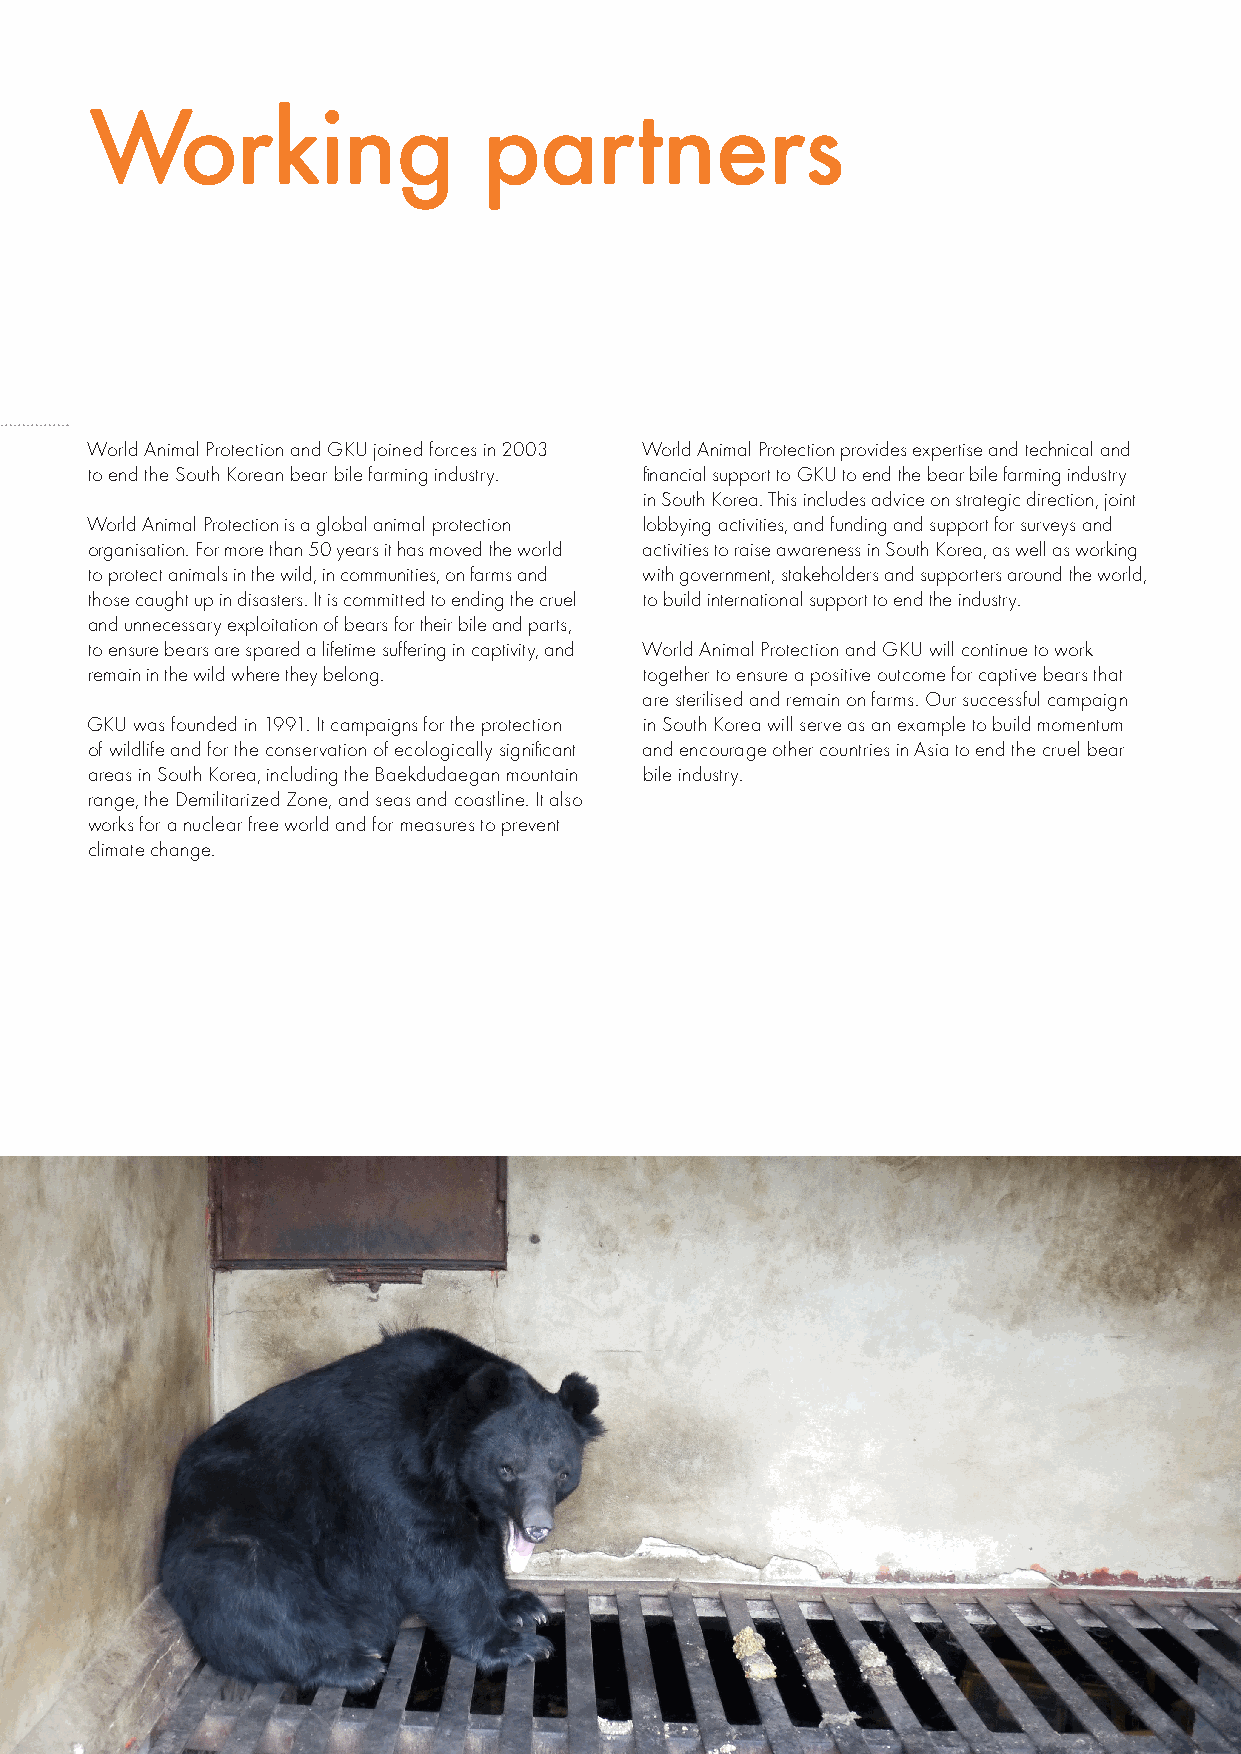
Working                   partners
 World Animal Protection and GKU joined forces in 2003 World Animal Protection provides expertise and technical and
 to end the South Korean bear bile farming industry. financial support to GKU to end the bear bile farming industry
 in South Korea. This includes advice on strategic direction, joint
 World Animal Protection is a global animal protection lobbying activities, and funding and support for surveys and
 organisation. For more than 50 years it has moved the world activities to raise awareness in South Korea, as well as working
 to protect animals in the wild, in communities, on farms and with government, stakeholders and supporters around the world,
 those caught up in disasters. It is committed to ending the cruel to build international support to end the industry.
 and unnecessary exploitation of bears for their bile and parts,
 to ensure bears are spared a lifetime suffering in captivity, and World Animal Protection and GKU will continue to work
 remain in the wild where they belong. together to ensure a positive outcome for captive bears that
 are sterilised and remain on farms. Our successful campaign
 GKU was founded in 1991. It campaigns for the protection in South Korea will serve as an example to build momentum
 of wildlife and for the conservation of ecologically significant and encourage other countries in Asia to end the cruel bear
 areas in South Korea, including the Baekdudaegan mountain bile industry.
 range, the Demilitarized Zone, and seas and coastline. It also
 works for a nuclear free world and for measures to prevent
 climate change.